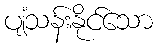
ပျံသန်းနိုင်သော